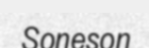
Soneson